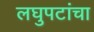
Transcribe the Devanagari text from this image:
लघुपटांचा